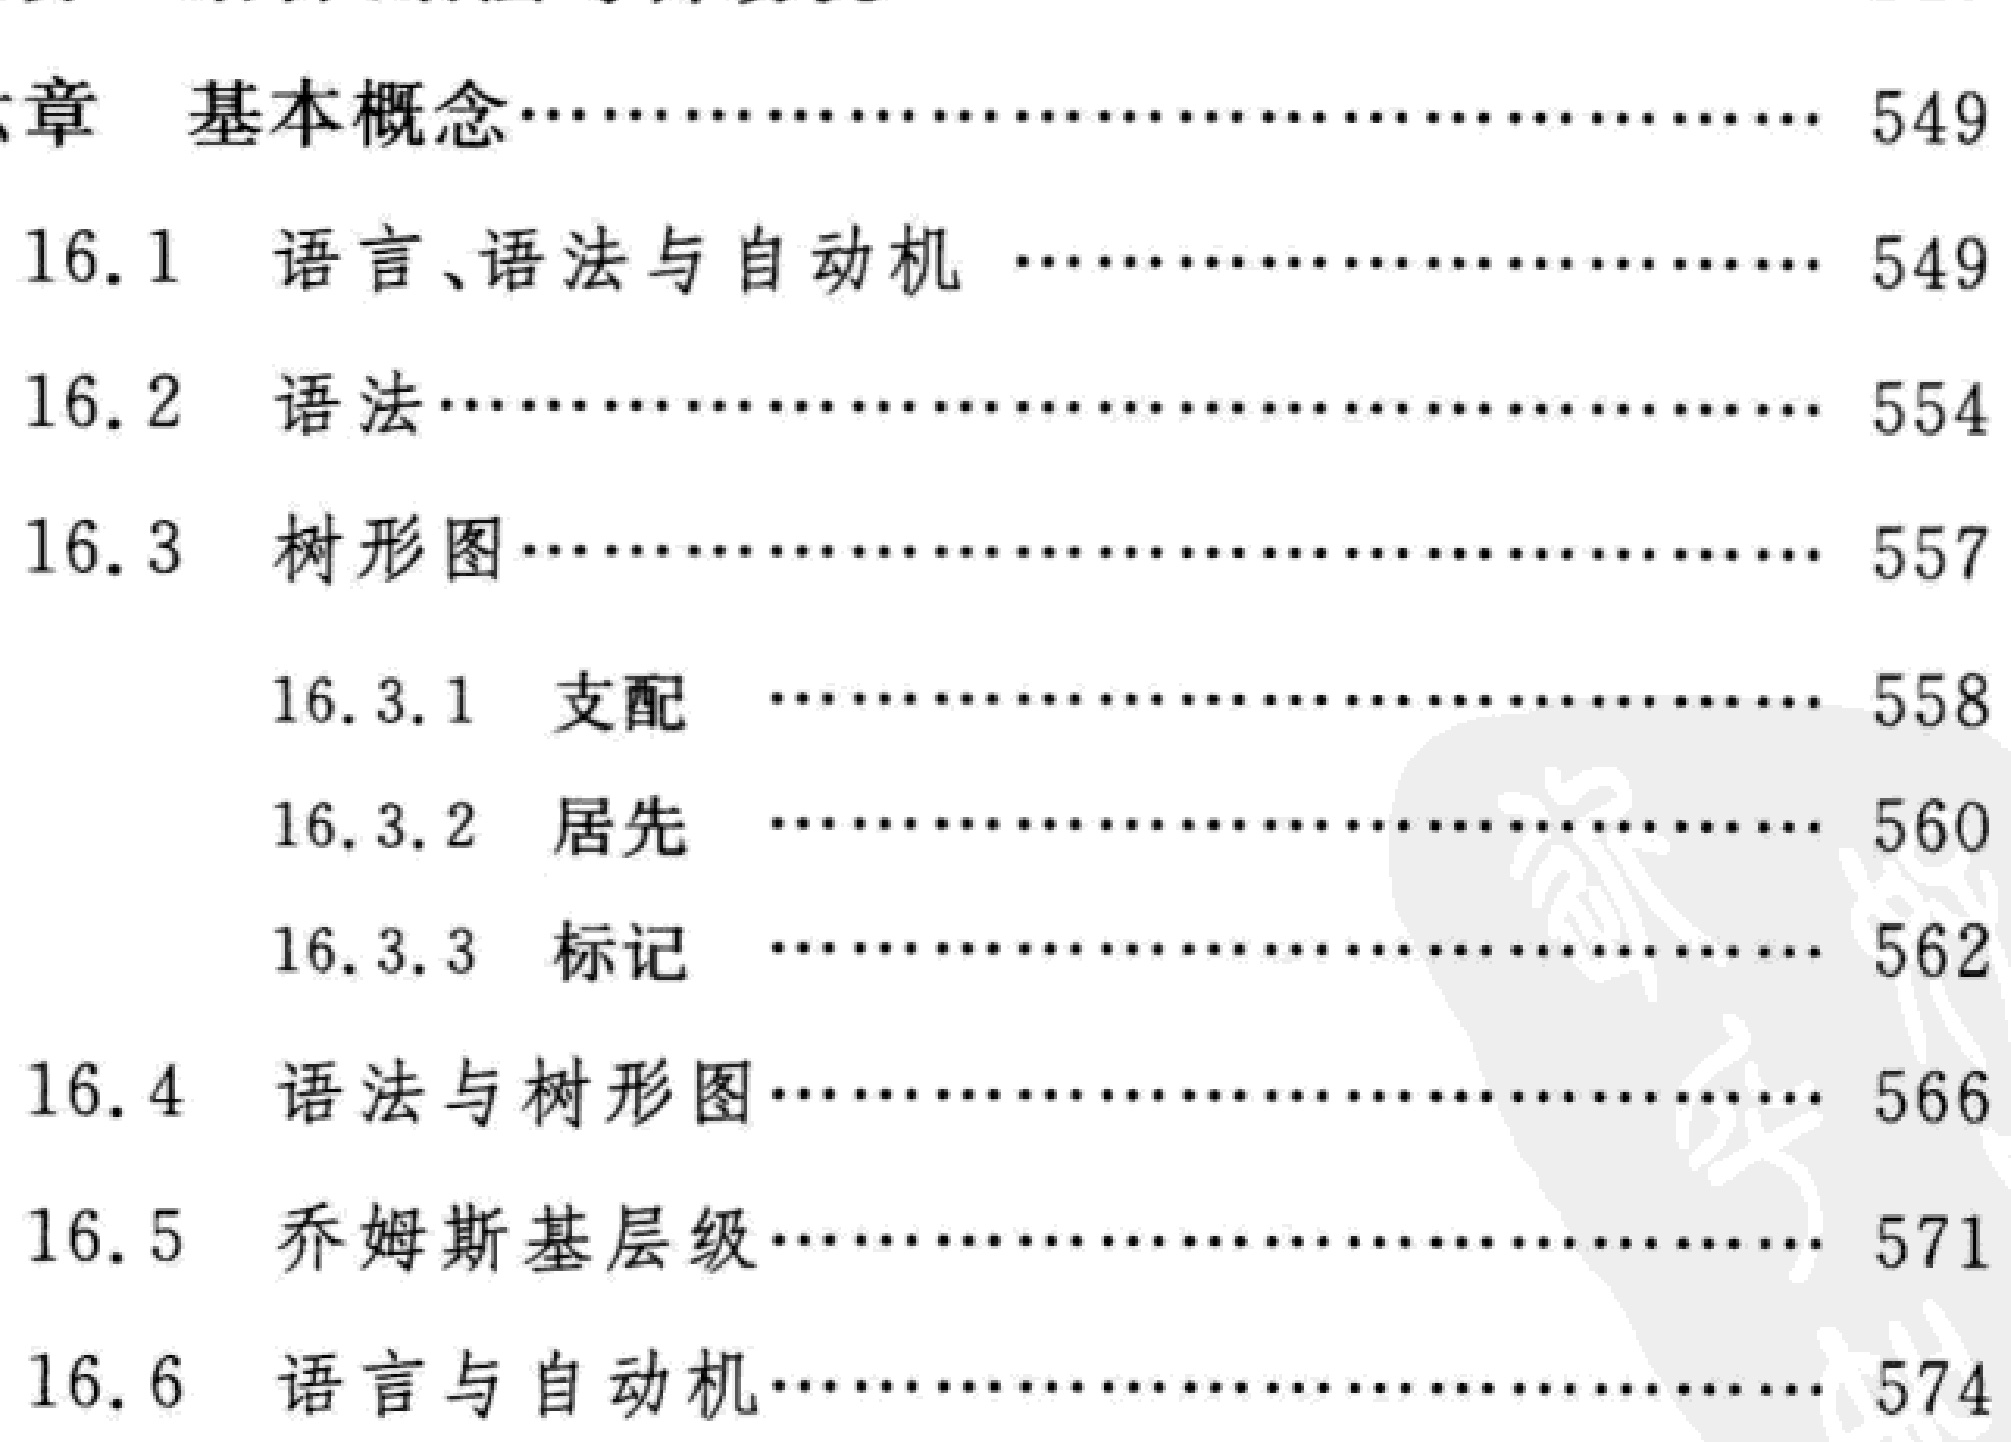
\documentclass{article}

\begin{document}

;章 基本概念................................................ 549

16.1 语言、语法与自动机 .................................... 549

16.2 语法...................................................... 554

16.3 树形图.................................................... 557

    16.3.1 支配 .............................................. 558

    16.3.2 居先 .............................................. 560

    16.3.3 标记 .............................................. 562

16.4 语法与树形图............................................ 566

16.5 乔姆斯基层级.............................................. 571

16.6 语言与自动机............................................ 574

\end{document}